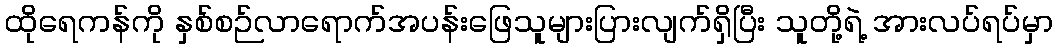
ထိုရေကန်ကို နှစ်စဉ်လာရောက်အပန်းဖြေသူများပြားလျက်ရှိပြီး သူတို့ရဲ့ အားလပ်ရပ်မှာ